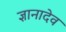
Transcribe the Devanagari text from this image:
ज्ञानादेव